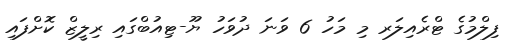
ފިލްމުގެ ޓްރެއިލަރ މި މަހު 6 ވަނަ ދުވަހު ޔޫ-ޓިއުބްގައި ރިލީޒް ކޮށްފައި